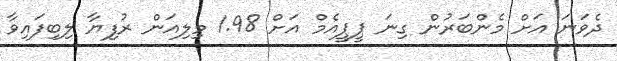
ދެވަނަ އަށް މެންބަރުން ގިނަ ޕީޕީއެމް އަށް 1.98 މިލިއަން ރުފިޔާ ލިބިފައިވާ